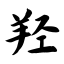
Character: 羟